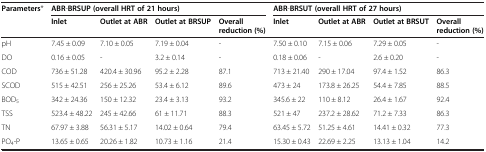
<table><thead><tr><td rowspan="2"><b>Parameters*</b></td><td colspan="4"><b>ABR-BRSUP(overall HRT of 21 hours)</b></td><td colspan="4"><b>ABR-BRSUT(overall HRT of 27 hours)</b></td></tr><tr><td><b>Inlet</b></td><td><b>Outlet at ABR</b></td><td><b>Outlet at BRSUP</b></td><td><b>Overall reduction(%)</b></td><td><b>Inlet</b></td><td><b>Outlet at ABR</b></td><td><b>Outlet at BRSUT</b></td><td><b>Overall reduction(%)</b></td></tr></thead><tbody><tr><td>pH</td><td>7.45 ± 0.09</td><td>7.10 ± 0.05</td><td>7.19 ± 0.04</td><td>-</td><td>7.50 ± 0.10</td><td>7.15 ± 0.06</td><td>7.29 ± 0.05</td><td>-</td></tr><tr><td>DO</td><td>0.16 ± 0.05</td><td>-</td><td>3.2 ± 0.14</td><td>-</td><td>0.18 ± 0.06</td><td>-</td><td>2.6 ± 0.20</td><td>-</td></tr><tr><td>COD</td><td>736 ± 51.28</td><td>420.4 ± 30.96</td><td>95.2 ± 2.28</td><td>87.1</td><td>713 ± 21.40</td><td>290 ± 17.04</td><td>97.4 ± 1.52</td><td>86.3</td></tr><tr><td>SCOD</td><td>515 ± 42.51</td><td>256 ± 25.26</td><td>53.4 ± 6.12</td><td>89.6</td><td>473 ± 24</td><td>173.8 ± 26.25</td><td>54.4 ± 7.85</td><td>88.5</td></tr><tr><td>BOD<sub>5</sub></td><td>342 ± 24.36</td><td>150 ± 12.32</td><td>23.4 ± 3.13</td><td>93.2</td><td>345.6 ± 22</td><td>110 ± 8.12</td><td>26.4 ± 1.67</td><td>92.4</td></tr><tr><td>TSS</td><td>523.4 ± 48.22</td><td>245 ± 42.66</td><td>61 ± 11.71</td><td>88.3</td><td>521 ± 47</td><td>237.2 ± 28.62</td><td>71.2 ± 7.33</td><td>86.3</td></tr><tr><td>TN</td><td>67.97 ± 3.88</td><td>56.31 ± 5.17</td><td>14.02 ± 0.64</td><td>79.4</td><td>63.45 ± 5.72</td><td>51.25 ± 4.61</td><td>14.41 ± 0.32</td><td>77.3</td></tr><tr><td>PO<sub>4</sub>-P</td><td>13.65 ± 0.65</td><td>20.26 ± 1.82</td><td>10.73 ± 1.16</td><td>21.4</td><td>15.30 ± 0.43</td><td>22.69 ± 2.25</td><td>13.13 ± 1.04</td><td>14.2</td></tr></tbody></table>